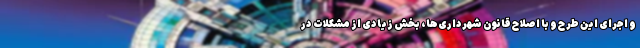
و اجرای این طرح و با اصلاح قانون شهرداری‌ها، بخش زیادی از مشکلات در